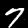
Label: 7